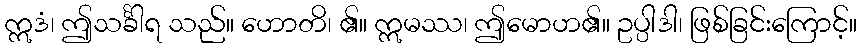
ဣဒံ၊ ဤသင်္ခါရ သည်။ ဟောတိ၊ ၏။ ဣမဿ၊ ဤမောဟ၏။ ဥပ္ပါဒါ၊ ဖြစ်ခြင်းကြောင့်။